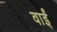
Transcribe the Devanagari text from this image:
वाईं